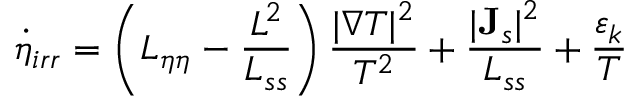
\dot { \eta } _ { i r r } = \left( L _ { \eta \eta } - \frac { L ^ { 2 } } { L _ { s s } } \right) \frac { | \nabla T | ^ { 2 } } { T ^ { 2 } } + \frac { | { \bf J } _ { s } | ^ { 2 } } { L _ { s s } } + \frac { \varepsilon _ { k } } { T }